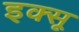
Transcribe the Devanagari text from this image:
इक्सू